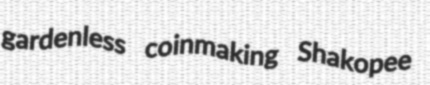
gardenless coinmaking Shakopee